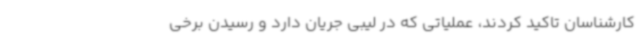
کارشناسان تاکید کردند، عملیاتی که در لیبی جریان دارد و رسیدن برخی